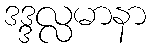
ဒဒ္ဒလ္လမာနာ